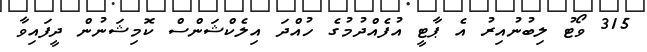
315 ވޯޓު ލިބުނުއިރު އެ ޕާޓީ އުފެއްދުމުގެ ހުއްދަ އިލެކްޝަންސް ކޮމިޝަނުން ދީފައިވާ